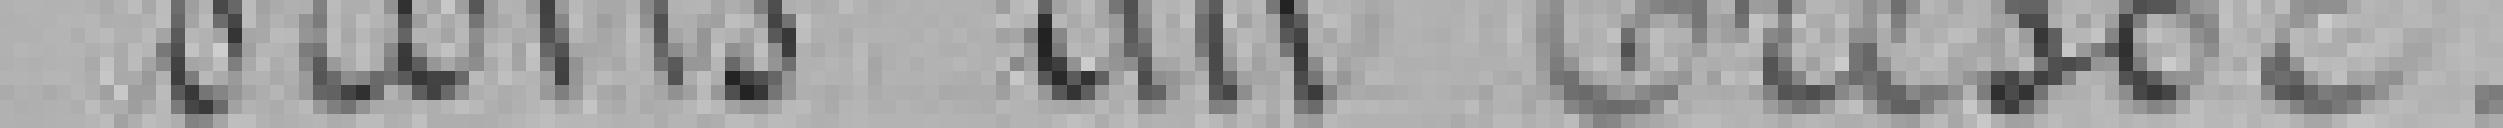
droits du Trésor